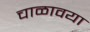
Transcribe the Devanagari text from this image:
चाळावया